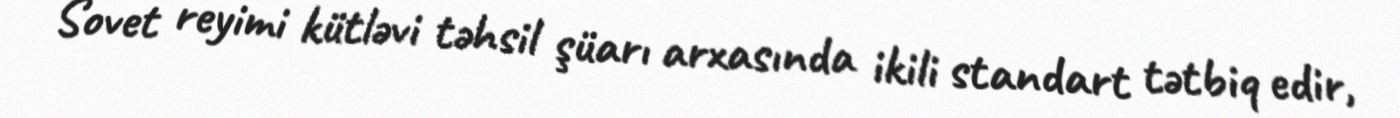
Sovet reyimi kütləvi təhsil şüarı arxasında ikili standart tətbiq edir,